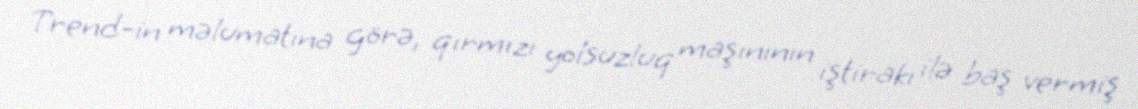
Trend-in məlumatına görə, qırmızı yolsuzluq maşınının iştirakı ilə baş vermiş